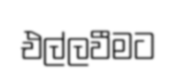
එල්ලවීමට